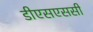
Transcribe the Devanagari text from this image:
डीएसएससी